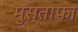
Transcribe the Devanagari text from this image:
मुस्ताफा